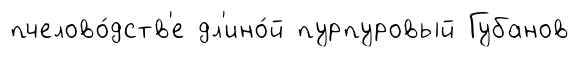
пчелово́дств'е дл'ино́й пурпуровый Губанов